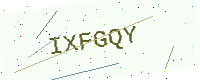
Text: IXFGQY